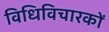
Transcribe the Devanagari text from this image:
विधिविचारकों